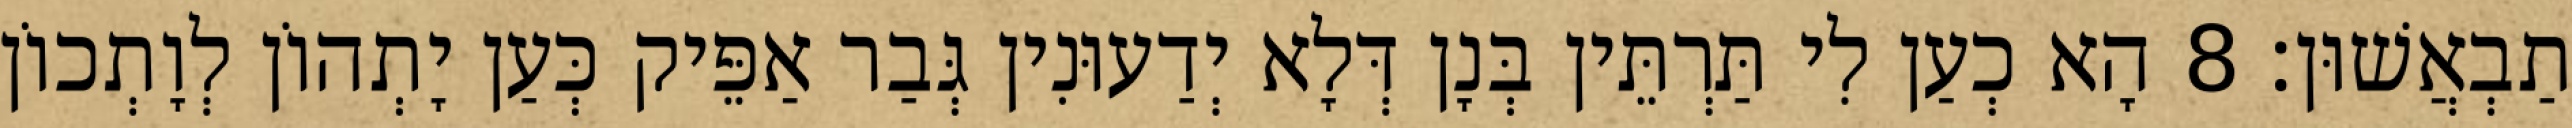
תַבְאֲשׁוּן׃ 8 הָא כְעַן לִי תַּרְתֵּין בְּנָן דְּלָא יְדַעוּנִין גְּבַר אַפֵּיק כְּעַן יָתְהוֹן לְוָתְכוֹן